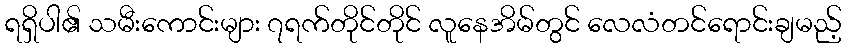
ရရှိပါ၏ သမီးကောင်းများ ၇ရက်တိုင်တိုင် လူနေအိမ်တွင် လေလံတင်ရောင်းချမည့်